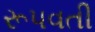
રૂપવતી